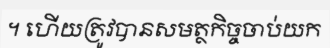
។ ហើយត្រូវបានសមត្ថកិច្ចចាប់យក